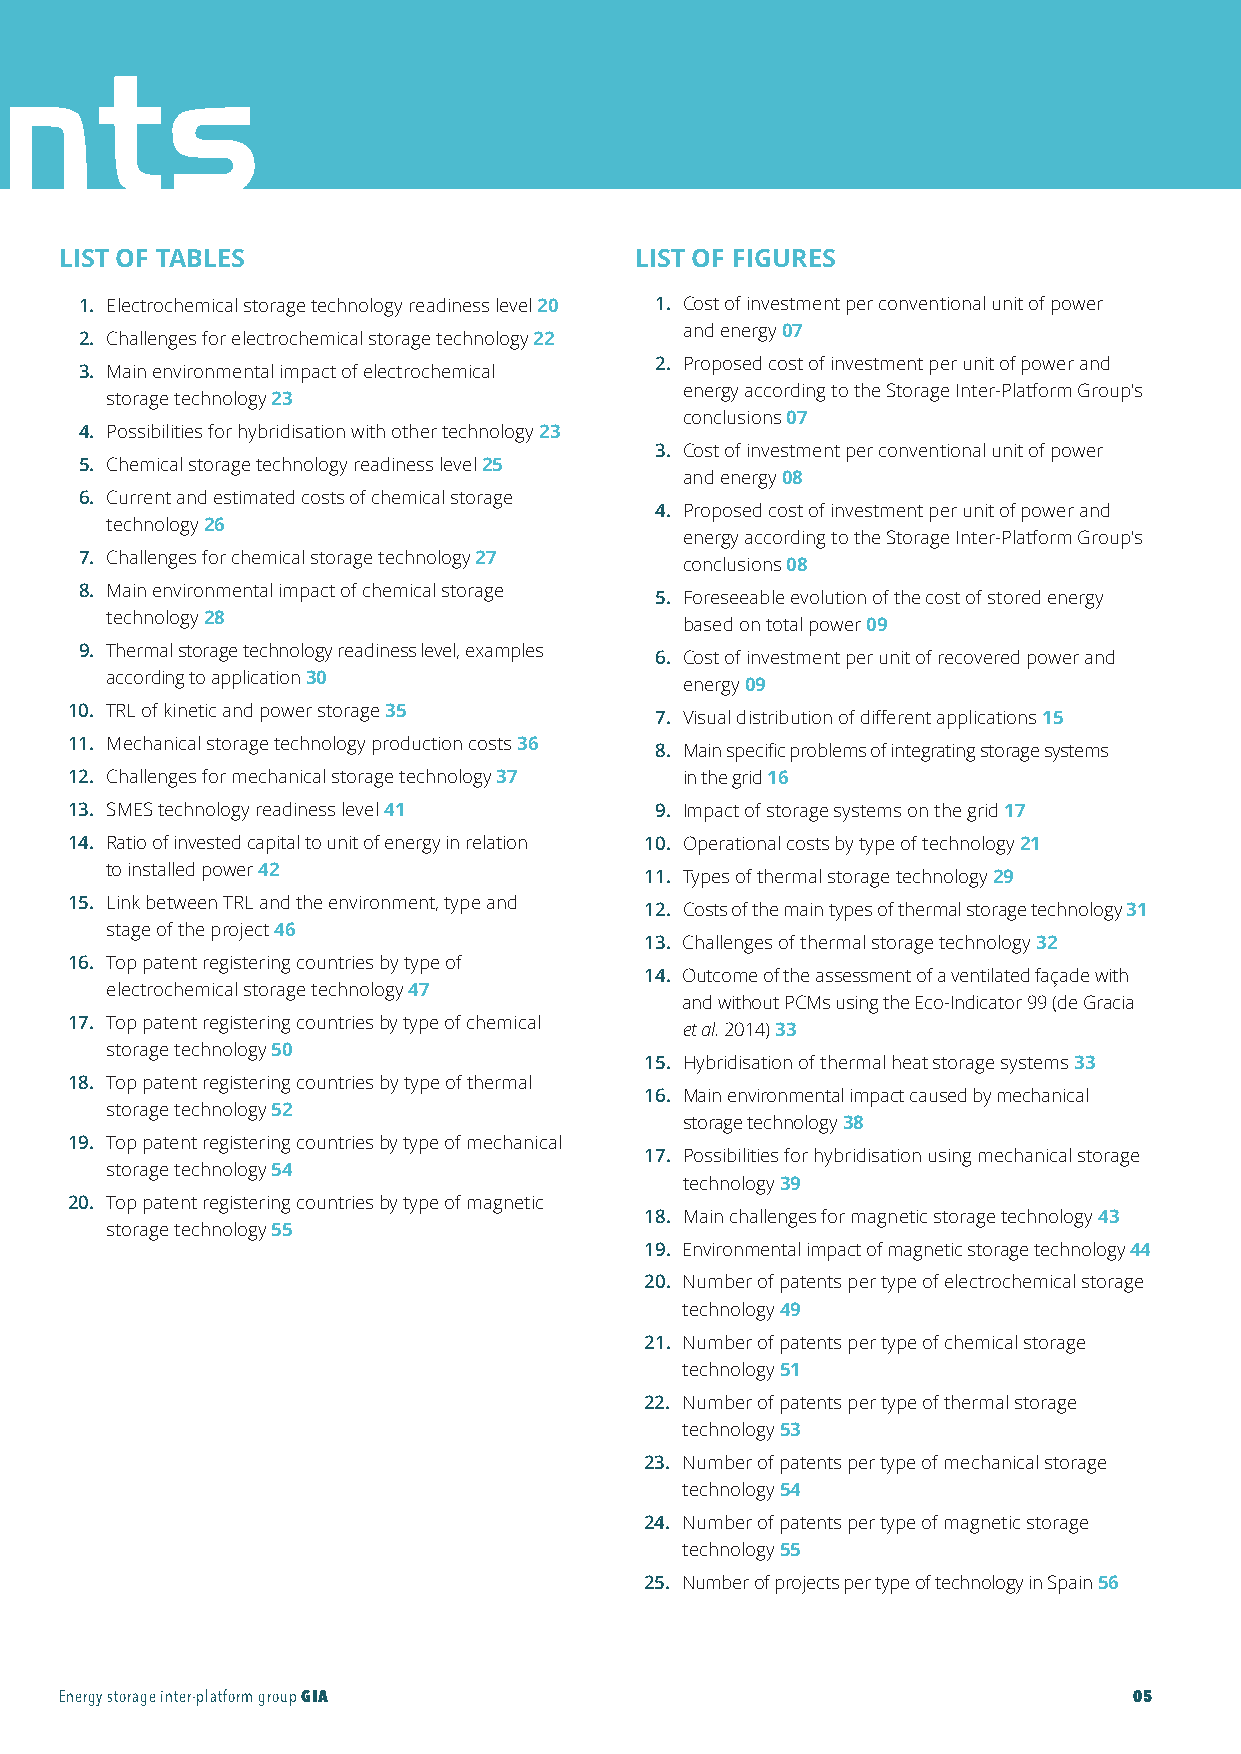
GIA-Maqueta-ENG 18/11/2015 10:05 Página 5
 nts
 LIST OF TABLES                        LIST OF FIGURES
 1. Electrochemical storage technology readiness level 20 1. Cost of investment per conventional unit of power
 and energy 07
 2. Challenges for electrochemical storage technology 22
 2. Proposed cost of investment per unit of power and
 3. Main environmental impact of electrochemical
 energy according to the Storage Inter-Platform Group's
 storage technology 23
 conclusions 07
 4. Possibilities for hybridisation with other technology 23
 3. Cost of investment per conventional unit of power
 5. Chemical storage technology readiness level 25
 and energy 08
 6. Current and estimated costs of chemical storage
 4. Proposed cost of investment per unit of power and
 technology 26
 energy according to the Storage Inter-Platform Group's
 7. Challenges for chemical storage technology 27
 conclusions 08
 8. Main environmental impact of chemical storage
 5. Foreseeable evolution of the cost of stored energy
 technology 28
 based on total power 09
 9. Thermal storage technology readiness level, examples
 6. Cost of investment per unit of recovered power and
 according to application30
 energy 09
 10. TRL of kinetic and power storage 35
 7. Visual distribution of different applications 15
 11. Mechanical storage technology production costs 36
 8. Main specific problems of integrating storage systems
 12. Challenges for mechanical storage technology 37 in the grid16
 13. SMES technology readiness level 41 9. Impact of storage systems on the grid 17
 14. Ratio of invested capital to unit of energy in relation 10. Operational costs by type of technology 21
 to installed power42
 11. Types of thermal storage technology 29
 15. Link between TRL and the environment, type and
 12. Costs of the main types of thermal storage technology 31
 stage of the project 46
 13. Challenges of thermal storage technology 32
 16. Top patent registering countries by type of
 14. Outcome of the assessment of a ventilated façade with
 electrochemical storage technology 47
 and without PCMs using the Eco-Indicator 99 (de Gracia
 17. Top patent registering countries by type of chemical
 et al. 2014)33
 storage technology 50
 15. Hybridisation of thermal heat storage systems 33
 18. Top patent registering countries by type of thermal
 16. Main environmental impact caused by mechanical
 storage technology 52
 storage technology38
 19. Top patent registering countries by type of mechanical
 17. Possibilities for hybridisation using mechanical storage
 storage technology 54
 technology 39
 20. Top patent registering countries by type of magnetic
 18. Main challenges for magnetic storage technology 43
 storage technology 55
 19. Environmental impact of magnetic storage technology 44
 20. Number of patents per type of electrochemical storage
 technology 49
 21. Number of patents per type of chemical storage
 technology 51
 22. Number of patents per type of thermal storage
 technology 53
 23. Number of patents per type of mechanical storage
 technology 54
 24. Number of patents per type of magnetic storage
 technology 55
 25. Number of projects per type of technology in Spain56
 Energy storage inter-platform groupGIA                                 05